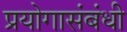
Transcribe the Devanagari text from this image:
प्रयोगासंबंधी